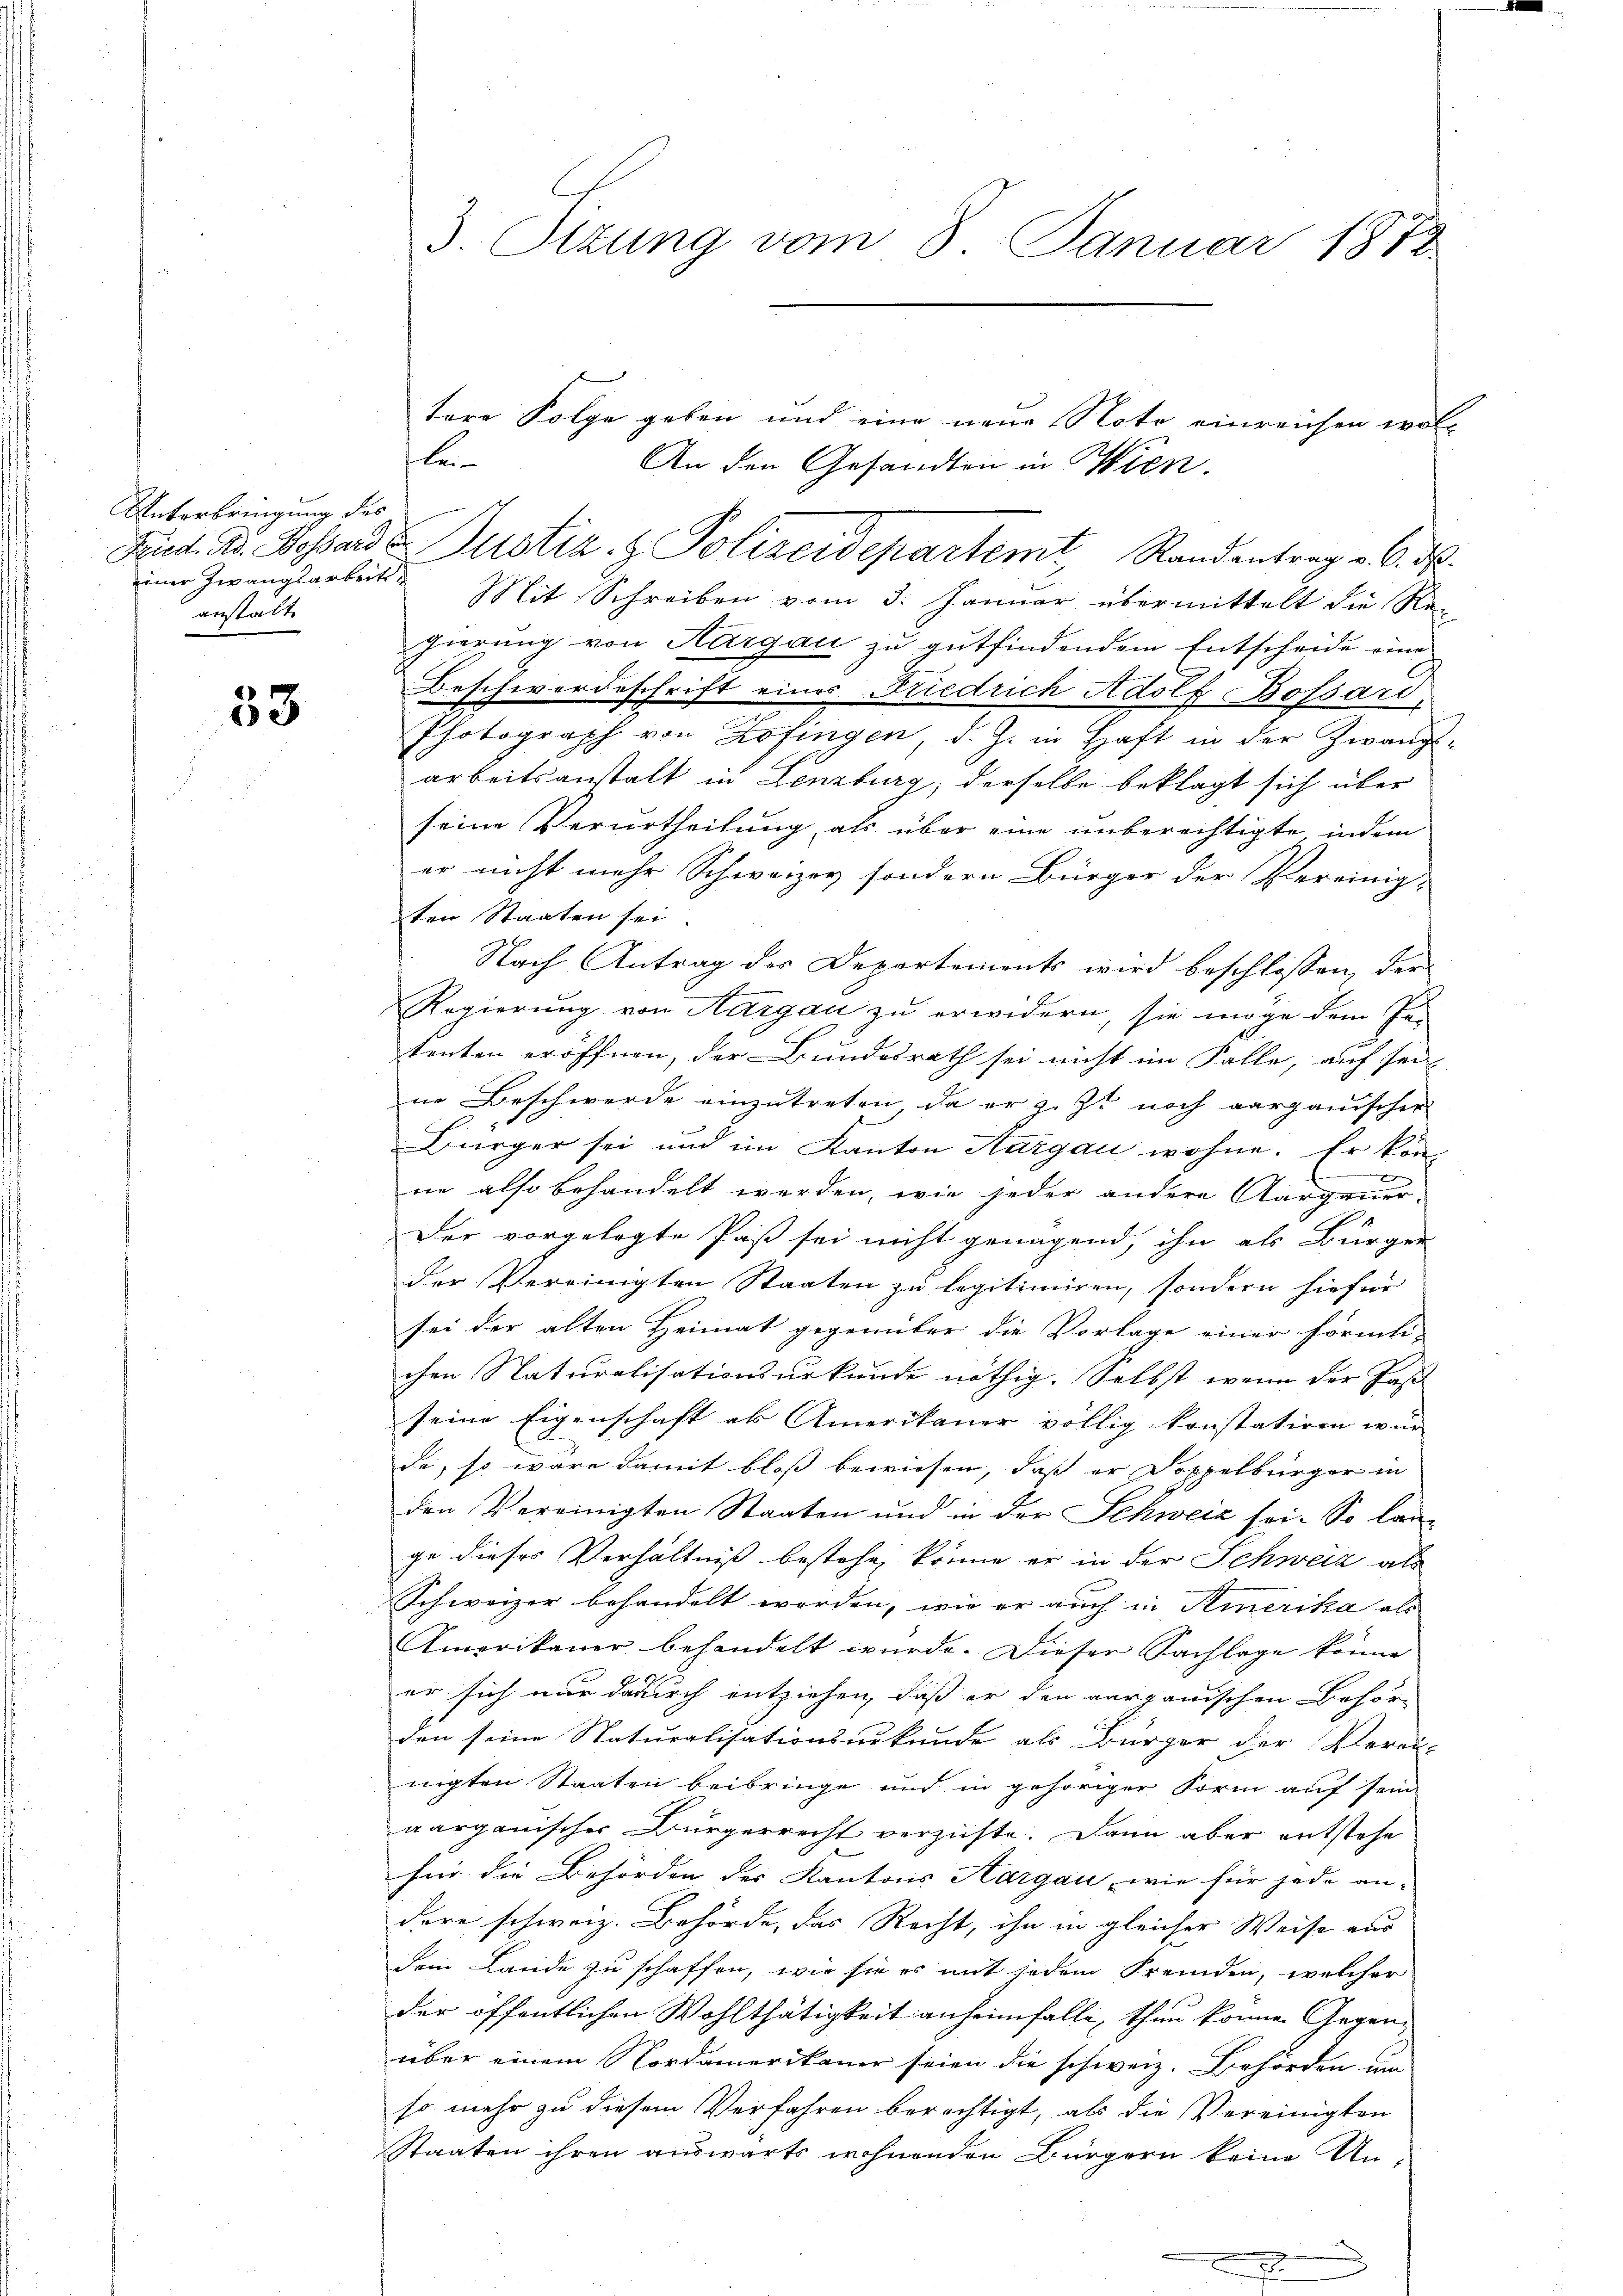
Unterbringung des
einer Zwangsarbeitsanstalt

33

3. Sizung vom 8. Januar 1872

be

tere Folge geben und eine neue Note einreichen woll
An den Gesandton in Wien.
Fried. Dr. Bossard Justiz- & Polizeidepartemt Randentrag v. 6. ds.
Mit Schreiben vom 3. Januar übermittelt die Re-
gierung von Thurgau zu gutfindendem Entscheide eine
Beschwerdeschrift eines Friedrich Adolf Bossard,
Photograph von Zofingen, d. J. in Haft in der Zwangs-
arbeitsanstalt in Lenzburg, derselbe beklagt sich über
seine Verurtheilung als über eine unberechtigte indem
er nicht mehr Schweizer sondern Bürger der Vereinig-
ten Staaten sei.
Nach Antrag der Departements wird beschlossen, der
Regierung von Aargau zu erwidern, sie möge dem Ge-
tenten eröffnen, der Bundesrath sei nicht im Falle, auf sei
ne Beschwerde einzutreten, da er z. Zt. noch aargauischer
Bürger sei und im Kanton Aargau wohne. Er kon-
ne also behandelt werden, wie jeder andere Aargauer-
Der vorgelegte Paß sei nicht genügend, ihn als Bürger-
der Vereinigten Staaten zu legitimiren, sondern hiefür
sei der alten Heimat gegenüber die Vorlage einer förmli-
chen Naturalisationsurkunde nöthig. Selbst, wenn der Jos
seine Eigenschaft als Amerikaner völlig konstatiren wur
de, so wäre damit bloß bewiesen, daß er Doppelbürger in
den Vereinigten Staaten und in der Schweiz sei. So lange dieses Verhältniß bestehe, könne er in der Schweiz als
Schweizer behandelt werden, wie er auch in Amerika als
Amerikaner behandelt wurde. Dieser Sachlage könne
er sich nur dadurch entziehen, daß er den aargauischen Behör-
den seine Naturalisationsurkunde als Bürger der Verei-
nigten Staaten beibringe und in gehöriger Form auf sein
aargauischer Bürgerrecht verzichte. Dann aber entstehe
für die Behörden der Kantons Aargau, wie für jede an-
dere schweiz. Behörde, das Recht, ihn in gleicher Weise aus |
dem Lande zu schaffen, wie sie es mit jedem Fremden, welcher
der öffentlichen Wohlthätigkeit anheimfalle, thun können Gegenüber einem Nordamerikaner seien die schweiz. Behörden um
so mehr zu diesem Verfahren berechtigt, als die Vereinigten
Staaten ihren auswärts wohnenden Bürgern keine Un-